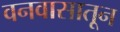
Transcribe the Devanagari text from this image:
वनवासातून